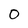
Character: 0